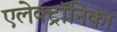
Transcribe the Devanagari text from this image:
एलेक्ट्रॉनिका